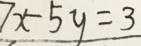
7 x - 5 y = 3